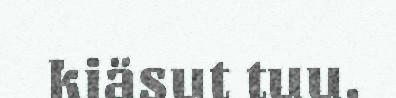
kiäsut tuu.